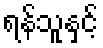
ရန်သူနှင့်